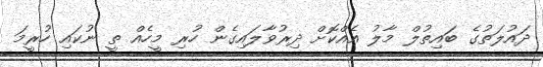
ދައުލަތުގެ ބައިތުލް މާލު އެއްކޮށް ދިރުވާލައިގެން ހުރި މީހެއް ތީ ނުކައި ހުރީމަ